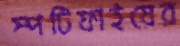
স্পটিফাইয়ের